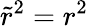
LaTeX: {\tilde{r}}^{2}=r^{2}